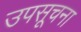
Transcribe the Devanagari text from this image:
उपसूचना